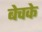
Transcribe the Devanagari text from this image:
बेचके